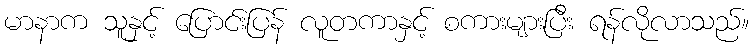
မာနာက သူနှင့် ပြောင်းပြန် လူတကာနှင့် စကားများပြီး ရန်လိုလာသည်။